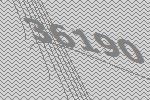
36190